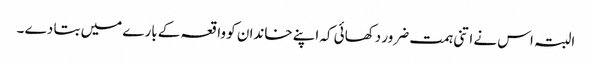
البتہ اس نے اتنی ہمت ضرور دکھائی کہ اپنے خاندان کو واقعہ کے بارے میں بتا دے ۔